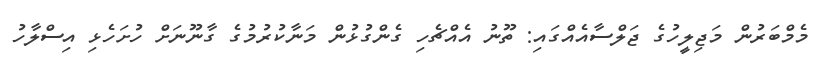
މެމްބަރުން މަޖިލީހުގެ ޖަލްސާއެއްގައި: ތޫނު އެެއްޗެހި ގެންގުޅުން މަނާކުރުމުގެ ގާނޫނަަށް ހުށަހެޅި އިސްލާހު